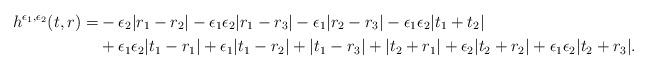
LaTeX: \begin{align*}h^{\epsilon_1, \epsilon_2}(t, r) = & -\epsilon_2 |r_1-r_2| - \epsilon_1\epsilon_2|r_1 - r_3| - \epsilon_1|r_2 - r_3| - \epsilon_1\epsilon_2|t_1+t_2| \\&+ \epsilon_1\epsilon_2 |t_1 - r_1| + \epsilon_1 |t_1 - r_2 | + |t_1 - r_3| + |t_2 + r_1| + \epsilon_2 |t_2 + r_2| + \epsilon_1\epsilon_2 |t_2 + r_3|. \end{align*}